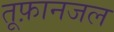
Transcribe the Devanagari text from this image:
तूफ़ानजल